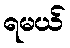
ရမယ်